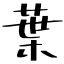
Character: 葉